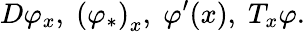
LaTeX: D\varphi_{x},\; \left(\varphi_{*}\right)_{x},\; \varphi^{\prime}(x),\; T_{x}\varphi.